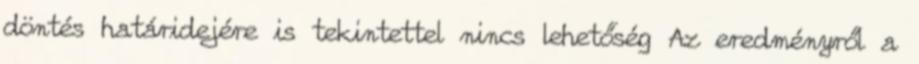
döntés határidejére is tekintettel nincs lehetőség Az eredményről a